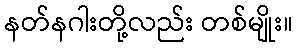
နတ်နဂါးတို့လည်း တစ်မျိုး။